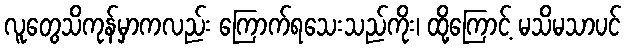
လူတွေသိကုန်မှာကလည်း ကြောက်ရသေးသည်ကိုး၊ ထို့ကြောင့် မသိမသာပင်